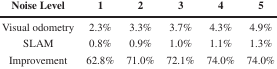
| Noise Level | 1 | 2 | 3 | 4 | 5 |
 | --- | --- | --- | --- | --- | --- |
 | Visual odometry | 2.3% | 3.3% | 3.7% | 4.3% | 4.9% |
 | SLAM | 0.8% | 0.9% | 1.0% | 1.1% | 1.3% |
 | Improvement | 62.8% | 71.0% | 72.1% | 74.0% | 74.0% |